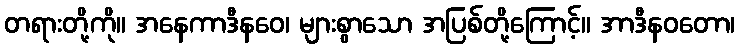
တရားတို့ကို။ အနေကာဒီနဝေ၊ များစွာသော အပြစ်တို့ကြောင့်။ အာဒီနဝတော၊